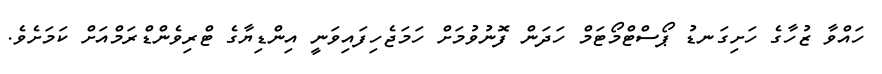
ހައްވާ ޒުހާގެ ހަށިގަނޑު ޕޯސްޓްމޯޓަމް ހަދަން ފޮނުވުމަށް ހަމަޖެހިފައިވަނީ އިންޑިޔާގެ ޓްރިވެންޑްރަމްއަށް ކަމަށެވެ.